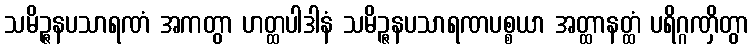
သမိဉ္ဇနပသာရဏံ အကတွာ ဟတ္ထပါဒါနံ သမိဉ္ဇနပသာရဏပစ္စယာ အတ္ထာနတ္ထံ ပရိဂ္ဂဏှိတွာ